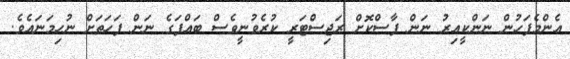
އެންމެފަހުން ނަންކީއިރު ނަން ފާސްކޮށް ރަޖިސްޓަރީ ކުރެވުނީވެސް ބައްޕަގެ ނަން ފަހަތަށް ނުހިމަނައެވެ.